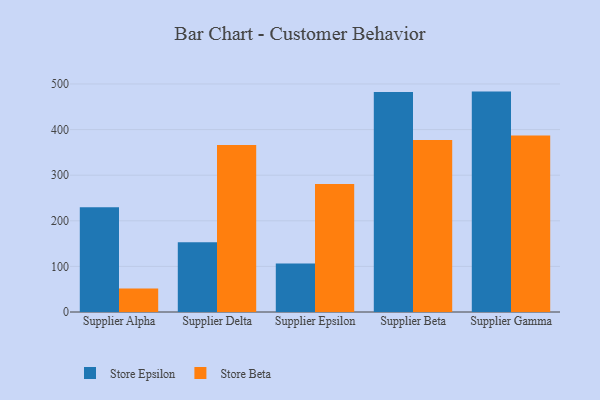
{"axis": {"x": "Supplier", "y": "Budget (USD K)"}, "legend": ["Store Beta", "Store Epsilon"], "data": [{"x": "Supplier Alpha", "y": 229.7, "type": "Store Epsilon"}, {"x": "Supplier Alpha", "y": 51.6, "type": "Store Beta"}, {"x": "Supplier Delta", "y": 152.9, "type": "Store Epsilon"}, {"x": "Supplier Delta", "y": 366.0, "type": "Store Beta"}, {"x": "Supplier Epsilon", "y": 106.1, "type": "Store Epsilon"}, {"x": "Supplier Epsilon", "y": 280.8, "type": "Store Beta"}, {"x": "Supplier Beta", "y": 482.5, "type": "Store Epsilon"}, {"x": "Supplier Beta", "y": 377.2, "type": "Store Beta"}, {"x": "Supplier Gamma", "y": 483.3, "type": "Store Epsilon"}, {"x": "Supplier Gamma", "y": 386.8, "type": "Store Beta"}]}